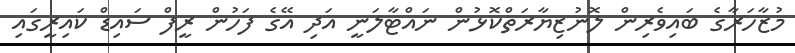
މުޒާހަރާގެ ބައިވެރިން ލޮނުޒިޔާރަތްކޮޅުން ނައްޓާލަނީ އަދި އޭގެ ފަހުން ރީފް ސައިޑް ކައިރީގައި